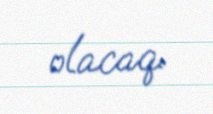
olacaq.